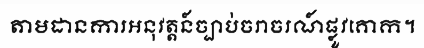
តាមដានការអនុវត្តន៍ច្បាប់ចរាចរណ៍ផ្លូវគោក។